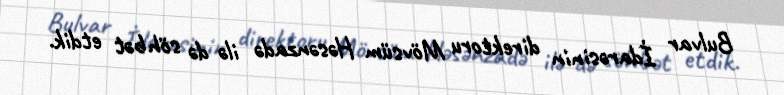
Bulvar İdarəsinin direktoru Mövsüm Həsənzadə ilə də söhbət etdik.